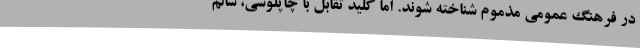
در فرهنگ عمومی مذموم شناخته شوند. اما کلیدِ تقابل با چاپلوسی، سالم